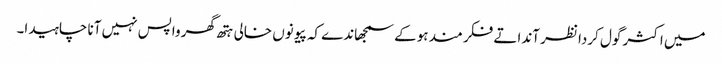
میں اکثر گول کردا نظر آندا تے فکر مند ہوکے سمجھاندے کہ پیو نوں خالی ہتھ گھر واپس نہیں آنا چاہیدا۔